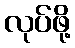
လုပ်ဖို့